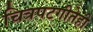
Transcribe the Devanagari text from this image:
चित्रपटगीतेही